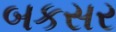
બકસર